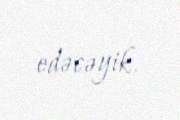
edəcəyik.